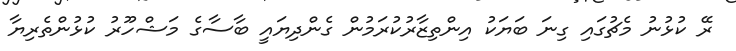
ރޭ ކުޅުނު މެޗުގައި ގިނަ ބަޔަކު އިންތިޒާރުކުރަމުން ގެންދިޔައީ ބާސާގެ މަޝްހޫރު ކުޅުންތެރިޔާ